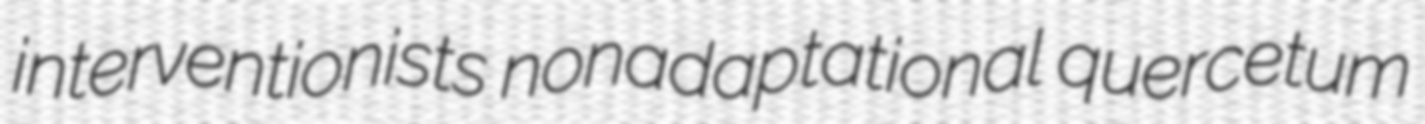
interventionists nonadaptational quercetum